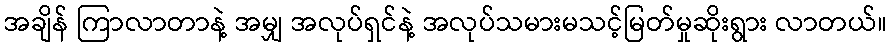
အချိန် ကြာလာတာနဲ့ အမျှ အလုပ်ရှင်နဲ့ အလုပ်သမားမသင့်မြတ်မှုဆိုးရွား လာတယ်။